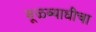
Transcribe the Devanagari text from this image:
मूळव्याधीचा